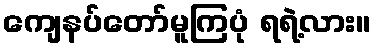
ကျေနပ်တော်မူကြပုံ ရရဲ့လား။